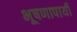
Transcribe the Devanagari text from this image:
भूषणापायी